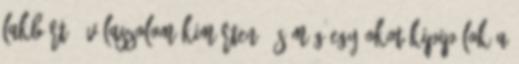
lakbért.- Válaszolom kimérten, és még egy okot kipipálok a